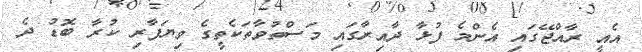
އެއީ ރާއްޖޭގައި އެންމެ ފުޅާ ދާއިރާގައި މަސްތުވާތަކެތީގެ ވިޔަފާރި ކުރާ ބޮޑު ދެ